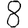
Digit: 8